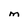
Character: M